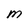
Character: M